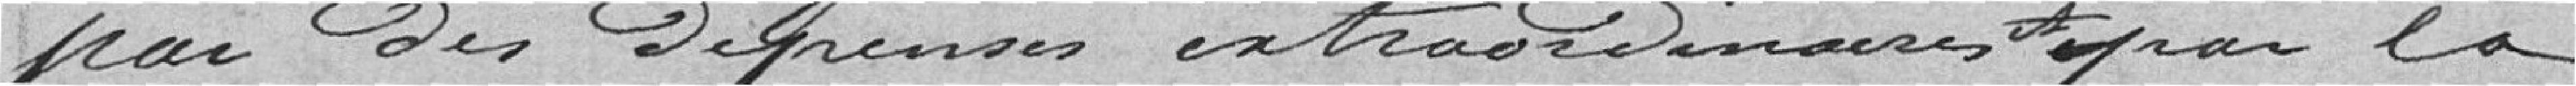
par des Dépenses extraordinaires par la